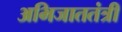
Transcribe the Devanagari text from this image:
अभिजाततंत्री